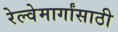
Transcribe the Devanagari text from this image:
रेल्वेमार्गांसाठी